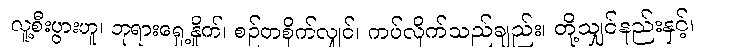
လူ့စီးပွားဟူ၊ ဘုရားရှေ့နှိုက်၊ စဉ်တစိုက်လျှင်၊ ကပ်လိုက်သည်ချည်း၊ တို့သျှင်နည်းနှင့်၊